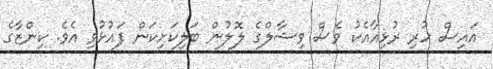
އައިސް ހުރި ރުޅިއާއެކު ވެސް ވިޝާލްގެ ލޮލުން ބަލިކަށިކަން ފައުޅުވި އެވެ. ކިންޒާގެ